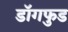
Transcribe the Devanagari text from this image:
डॉगफुड